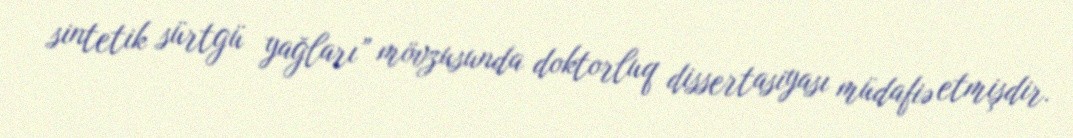
sintetik sürtgü yağları” mövzusunda doktorluq dissertasiyası müdafiə etmişdir.